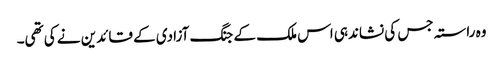
وہ راستہ جس کی نشاندہی اس ملک کے جنگ آزادی کے قائدین نے کی تھی۔